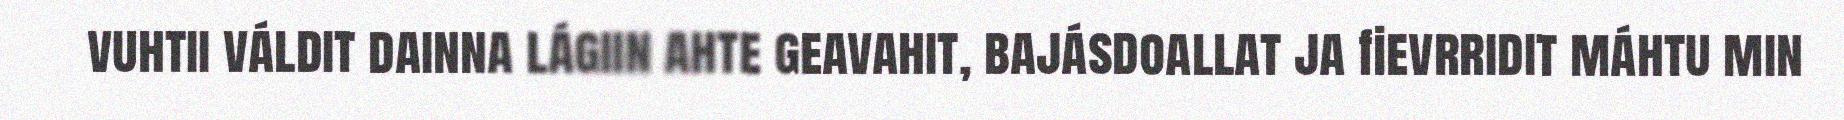
vuhtii váldit dainna lágiin ahte geavahit, bajásdoallat ja fievrridit máhtu min